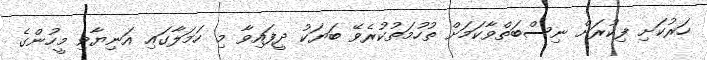
ހަރުކަށި ފިކުރަށް ނިސްބަތްވާކަމަށް ތުހުމަތުކުރެވޭ ބަޔަކު ދީފައިވާ މި ހަމަލާގައި އަނިޔާވި މީހުންގެ